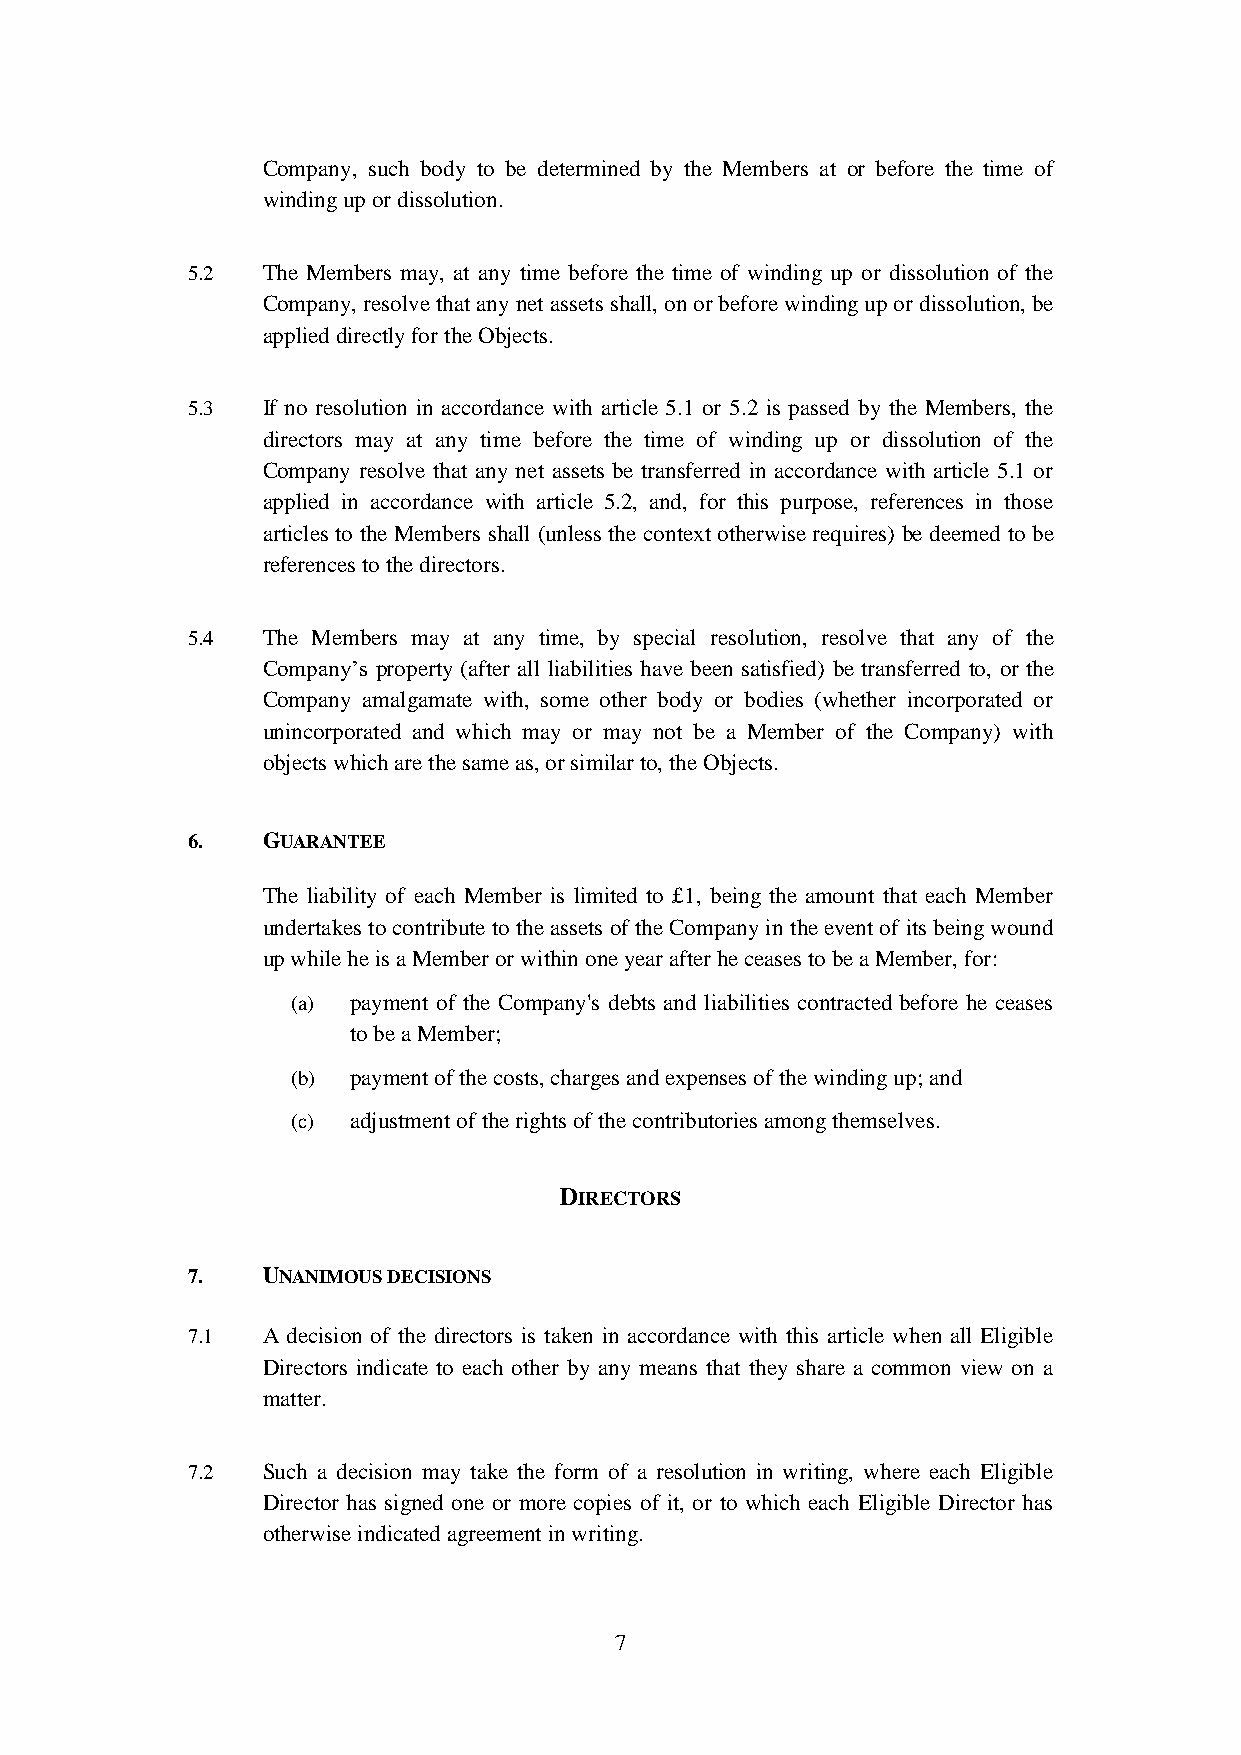
Company, such body to be determined by the Members at or before the time of
 winding up or dissolution.
 5.2  The Members may, at any time before the time of winding up or dissolution of the
 Company, resolve that any net assets shall, on or before winding up or dissolution, be
 applied directly for the Objects.
 5.3  If no resolution in accordance with article 5.1 or 5.2 is passed by the Members, the
 directors may at any time before the time of winding up or dissolution of the
 Company resolve that any net assets be transferred in accordance with article 5.1 or
 applied in accordance with article 5.2, and, for this purpose, references in those
 articles to the Members shall (unless the context otherwise requires) be deemed to be
 references to the directors.
 5.4  The Members may at any time, by special resolution, resolve that any of the
 Company’s property (after all liabilities have been satisfied) be transferred to, or the
 Company amalgamate with, some other body or bodies (whether incorporated or
 unincorporated and which may or may not be a Member of the Company) with
 objects which are the same as, or similar to, the Objects.
 6.   GUARANTEE
 The liability of each Member is limited to £1, being the amount that each Member
 undertakes to contribute to the assets of the Company in the event of its being wound
 up while he is a Member or within one year after he ceases to be a Member, for:
 (a) payment of the Company's debts and liabilities contracted before he ceases
 to be a Member;
 (b) payment of the costs, charges and expenses of the winding up; and
 (c) adjustment of the rights of the contributories among themselves.
 DIRECTORS
 7.   UNANIMOUS DECISIONS
 7.1  A decision of the directors is taken in accordance with this article when all Eligible
 Directors indicate to each other by any means that they share a common view on a
 matter.
 7.2  Such a decision may take the form of a resolution in writing, where each Eligible
 Director has signed one or more copies of it, or to which each Eligible Director has
 otherwise indicated agreement in writing.
 7